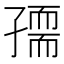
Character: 𡦘